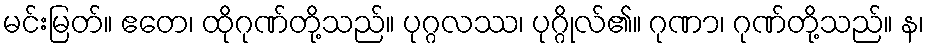
မင်းမြတ်။ ဧတေ၊ ထိုဂုဏ်တို့သည်။ ပုဂ္ဂလဿ၊ ပုဂ္ဂိုလ်၏။ ဂုဏာ၊ ဂုဏ်တို့သည်။ န၊